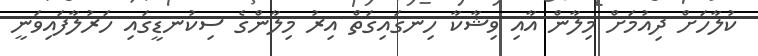
ކުލާހަށް ދިއުމަށް މިލާން އާއި ވިޝާކާ ހިނގައިގަތް އިރު މިލާންގެ ސިކުނޑީގައި ހަރުލާފައިވަނީ